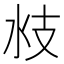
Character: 𣲰